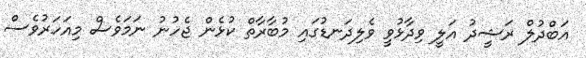
އަބްދުލް ރަޝީދު އަލީ ވިދާޅުވީ ވެލިދަނޑުގައި މުބާރާތް ކުޅެން ޖެހުނު ނަމަވެސް މިއަހަރުވެސް